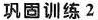
巩固训练2